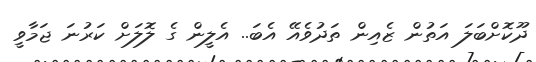
ދޫކޮށްބަލަ އަތުން ޒެއިން ތަދުވެއޭ އެބަ.. އެލީން ގެ ލޮލަށް ކަރުނަ ޖަމާވީ